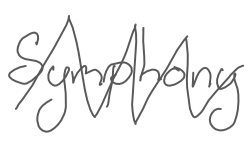
Text: Symphony
Cross-out: zig-zag
Writing tool: digital_gray